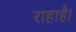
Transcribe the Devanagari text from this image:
राहाहै।